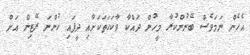
އެހެން ނަމަވެސް ބޭނުންކުރާ މީހުން ދައްކާ ވާކަހަތަކަށާއި ދީފައި ހުންނަ ރޭޓިން އަށް